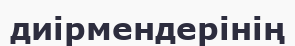
диірмендерінің